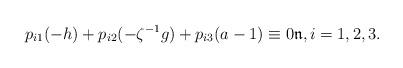
LaTeX: \begin{align*}p_{i1}(-h)+p_{i2}(-\zeta^{-1}g)+p_{i3}(a-1)\equiv 0\mathfrak{n},i=1,2,3.\end{align*}